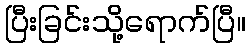
ပြီးခြင်းသို့ရောက်ပြီ။